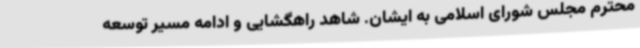
محترم مجلس شورای اسلامی به ایشان. شاهد راهگشایی و ادامه مسیر توسعه